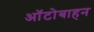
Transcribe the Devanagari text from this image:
ऑटोबाहन